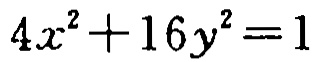
\(4x^{2}+16y^{2}=1\)